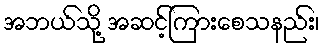
အဘယ်သို့ အဆင့်ကြားစေသနည်း၊